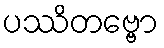
ပဿိတဗ္ဗော